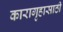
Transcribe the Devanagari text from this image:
कारागृहासाठी